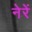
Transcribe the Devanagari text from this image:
नेरें